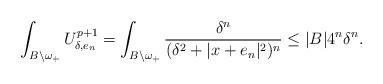
LaTeX: \begin{align*}\int_{{B}\backslash \omega_+} U_{\delta,e_n}^{p+1}= \int_{{B}\backslash \omega_+} \frac{\delta^{n}}{(\delta^2+|x+e_n|^2)^{n}}\leq |{B}| 4^{n}\delta^{n}.\end{align*}